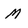
Character: M